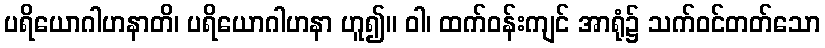
ပရိယောဂါဟနာတိ၊ ပရိယောဂါဟနာ ဟူ၍။ ဝါ၊ ထက်ဝန်းကျင် အာရုံ၌ သက်ဝင်တတ်သော